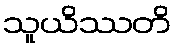
သူယိဿတိ